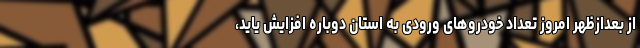
از بعدازظهر امروز تعداد خودرو‌های ورودی به استان دوباره افزایش یاید،